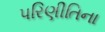
પરિણીતિના